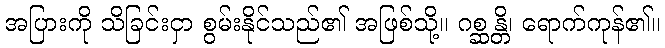
အပြားကို သိခြင်းငှာ စွမ်းနိုင်သည်၏ အဖြစ်သို့။ ဂစ္ဆန္တိ၊ ရောက်ကုန်၏။